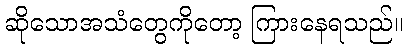
ဆိုသောအသံတွေကိုတော့ ကြားနေရသည်။